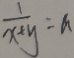
\frac { 1 } { x ^ { + } y } = a